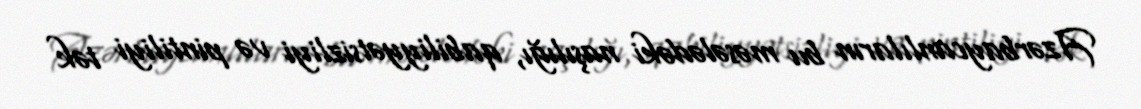
Azərbaycanlıların bu məsələdəki naşılığı, qabiliyyətsizliyi və pintiliyi tək